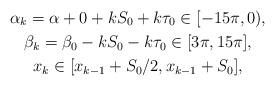
LaTeX: \begin{gather*} \alpha_k= \alpha+0+ kS_0+ k\tau_0\in [-15\pi, 0), \\ \beta_k= \beta_0- k S_0- k\tau_0\in [3\pi, 15\pi], \\ x_k\in [x_{k-1}+ S_0/2, x_{k-1}+ S_0],\end{gather*}